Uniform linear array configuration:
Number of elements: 16
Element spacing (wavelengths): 1
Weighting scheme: binomial
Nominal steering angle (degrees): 0
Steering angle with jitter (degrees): -1.716
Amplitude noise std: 0.05
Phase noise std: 0.05

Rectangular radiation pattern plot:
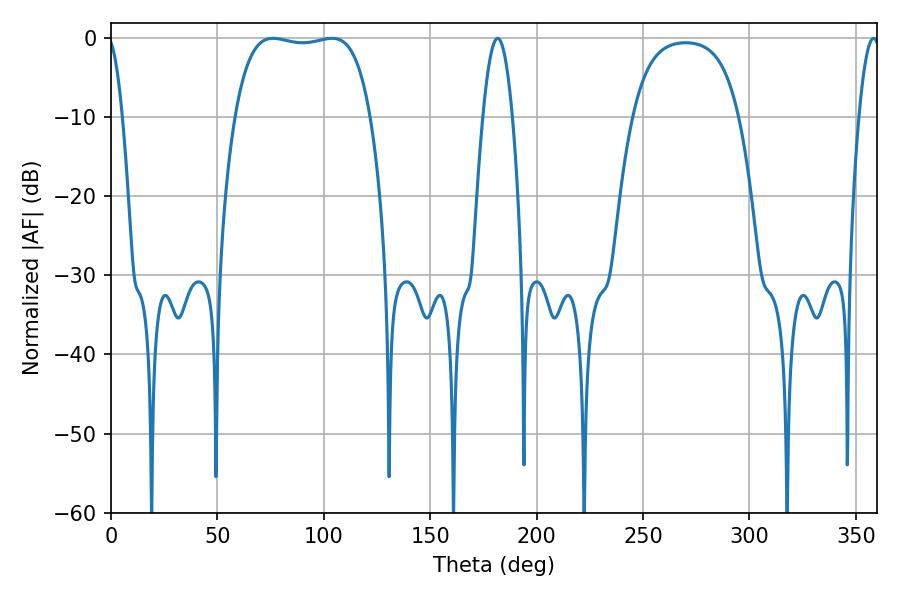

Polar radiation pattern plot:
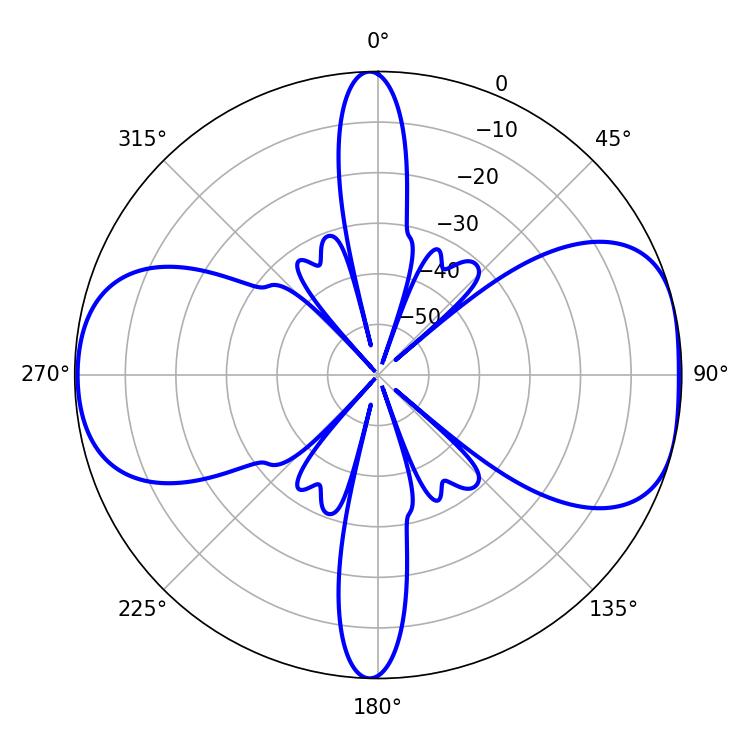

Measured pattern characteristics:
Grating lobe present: TRUE
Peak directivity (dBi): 8.136
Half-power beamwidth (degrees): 50.76
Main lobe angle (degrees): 76.14